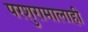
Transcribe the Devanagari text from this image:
परशुरामालाही